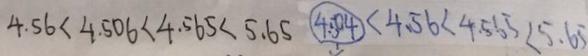
4 . 5 6 < 4 . 5 0 6 < 4 . 5 6 5 < 5 . 6 5 4 . 5 0 4 < 4 . 5 6 < 4 . 5 6 5 < 5 . 6 5